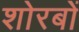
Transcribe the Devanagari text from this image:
शोरबों